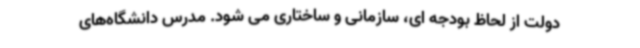
دولت از لحاظ بودجه ای، سازمانی و ساختاری می شود. مدرس دانشگاه‌های